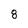
Character: 8